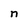
Character: n